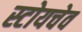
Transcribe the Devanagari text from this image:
स्टोयचेव